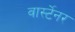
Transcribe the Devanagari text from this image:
वार्स्टेनर